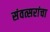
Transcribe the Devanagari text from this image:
संवत्सरांचा